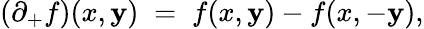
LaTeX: (\partial_{+}f)(x,\mathbf{y})\; =\; f(x,\mathbf{y})-f(x,-\mathbf{y}),